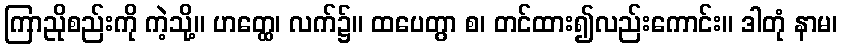
ကြာညိုစည်းကို ကဲ့သို့။ ဟတ္ထေ၊ လက်၌။ ထပေတွာ စ၊ တင်ထား၍လည်းကောင်း။ ဒါတုံ နာမ၊